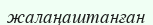
жалаңаштанған